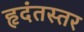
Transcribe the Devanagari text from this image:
हृदंतस्तर